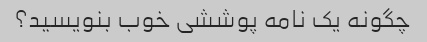
چگونه یک نامه پوششی خوب بنویسید؟